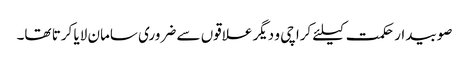
صوبیدار حکمت کیلئے کراچی و دیگر علاقوں سے ضروری سامان لایا کرتا تھا۔